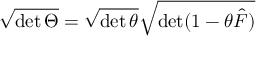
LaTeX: \sqrt { \operatorname * { d e t } \Theta } = \sqrt { \operatorname * { d e t } \theta } \sqrt { \operatorname * { d e t } ( 1 - \theta \hat { F } ) }